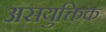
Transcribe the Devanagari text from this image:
असयुक्तिक